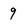
Character: 9